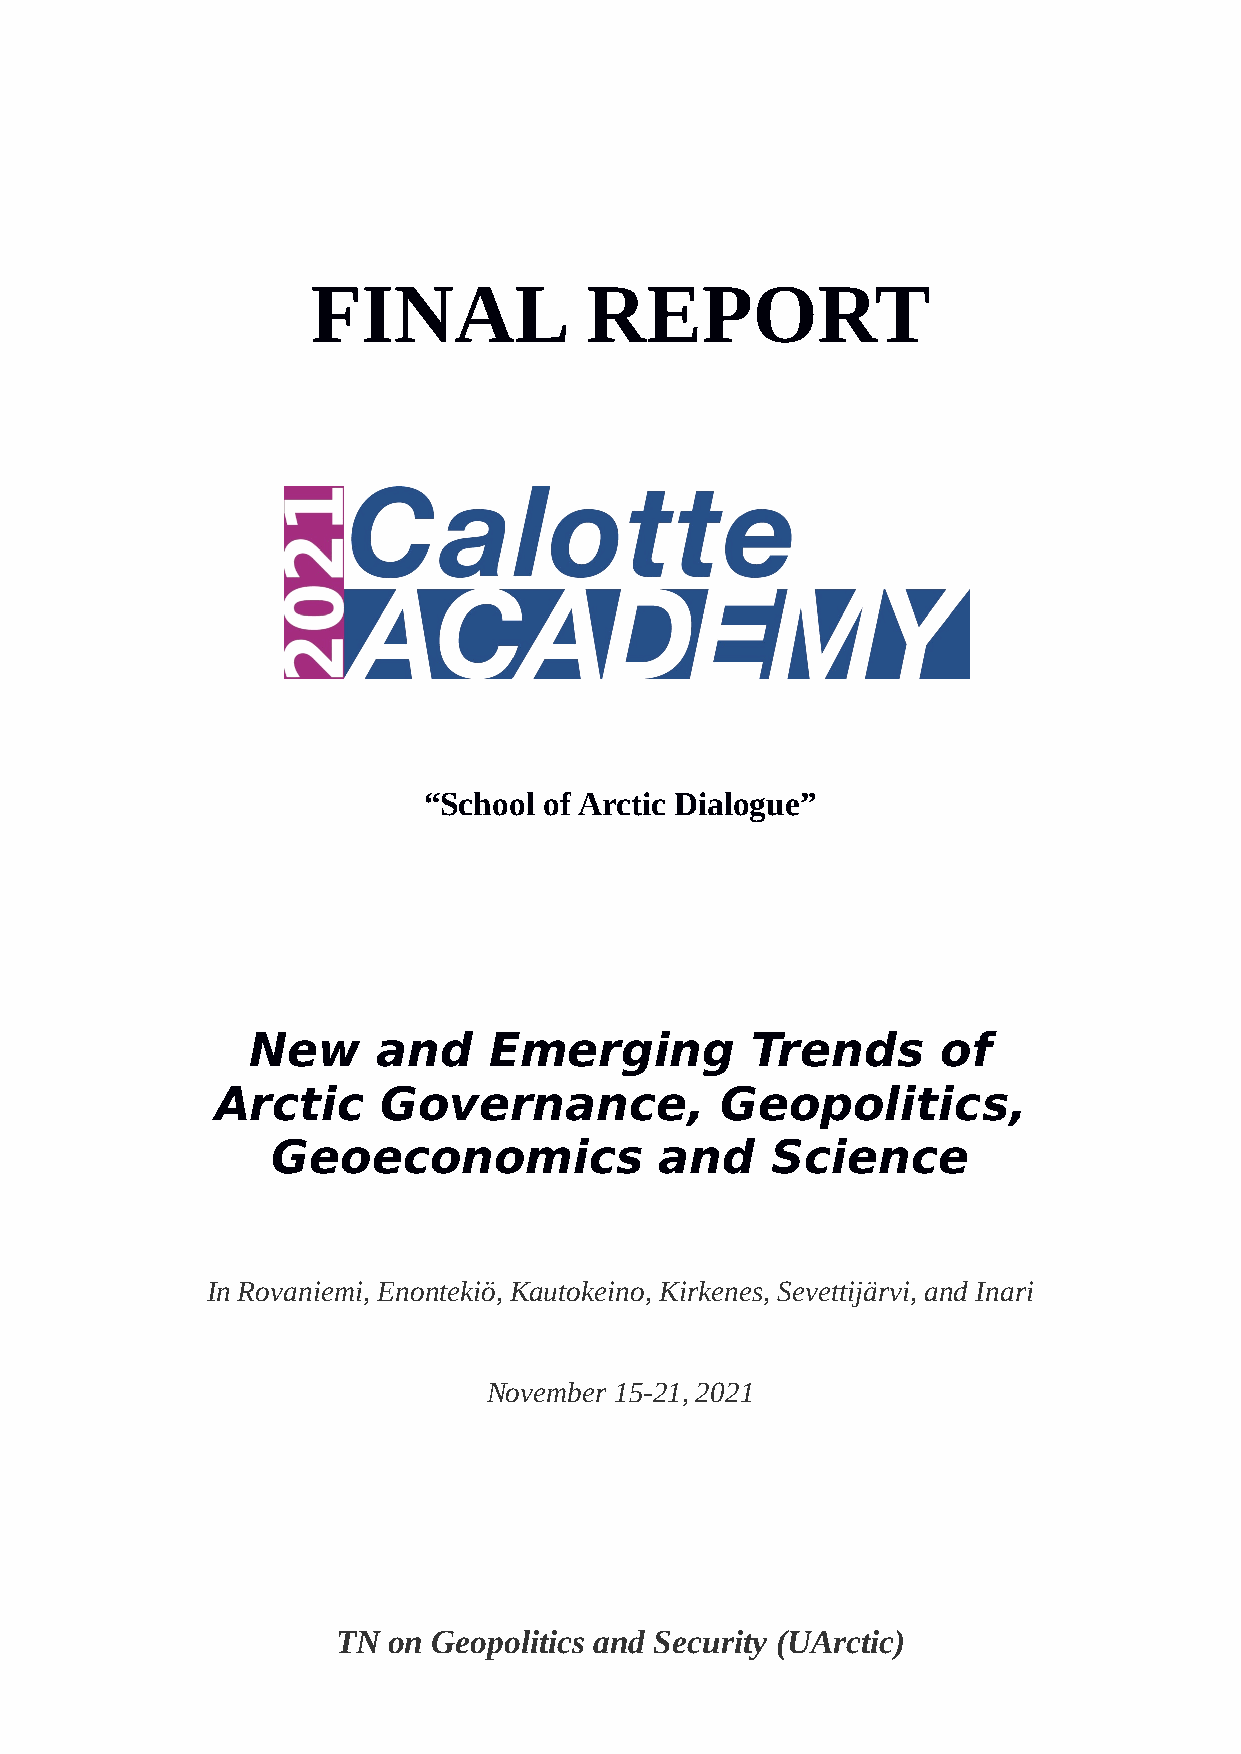
FINAL             REPORT
 “School of Arctic Dialogue”
 New      and    Emerging          Trends      of
 Arctic     Governance,            Geopolitics,
 Geoeconomics              and    Science
 In Rovaniemi, Enontekiö, Kautokeino, Kirkenes, Sevettijärvi, and Inari
 November 15-21, 2021
 TN  on Geopolitics and Security (UArctic)